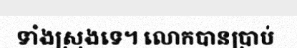
ទាំងស្រុងទេ។ លោកបានប្រាប់